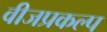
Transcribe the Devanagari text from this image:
वीजप्रकल्प